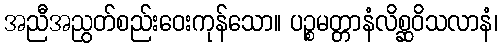
အညီအညွတ်စည်းဝေးကုန်သော။ ပဉ္စမတ္တာနံလိစ္ဆဝိသလာနံ၊